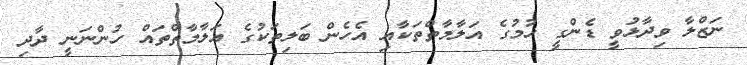
ނަޒްލާ ވިދާޅުވީ ޑެންގީ ހުމުގެ އަލާމާތްތަކާއި އެހެން ބަލިތަކުގެ އަލާމާތްތައް ހުންނަނީ ދާދި